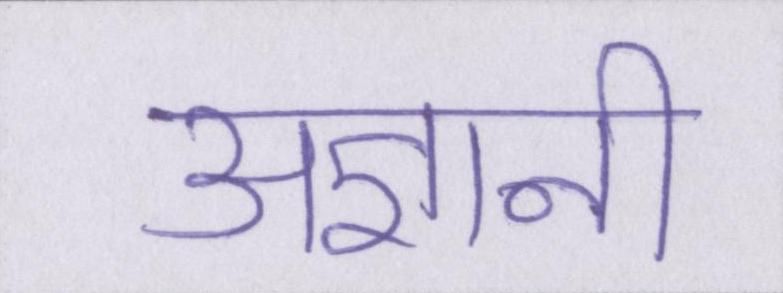
अज्ञानी